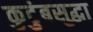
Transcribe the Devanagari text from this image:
कुटुंबसुद्धा